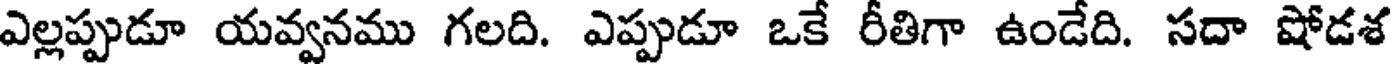
ఎల్లప్పుడూ యవ్వనము గలది. ఎప్పుడూ ఒకే రీతిగా ఉండేది. సదా షోడశ